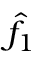
\hat { f } _ { 1 }